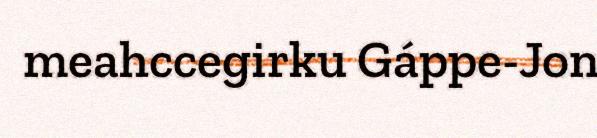
meahccegirku Gáppe-Jon